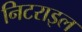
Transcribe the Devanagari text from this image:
निटराइल